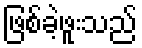
ဖြစ်ခဲ့ဖူးသည်